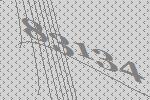
83134